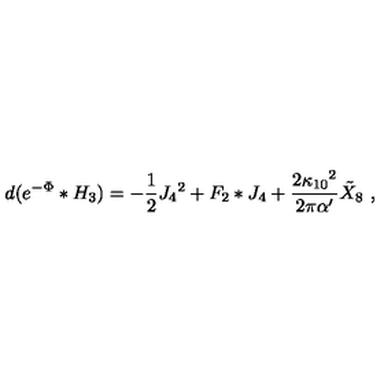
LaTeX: d ( e ^ { - \Phi } * H _ { 3 } ) = - { \frac { 1 } { 2 } } J _ { 4 } { } ^ { 2 } + F _ { 2 } * J _ { 4 } + { \frac { 2 \kappa _ { 1 0 } { } ^ { 2 } } { 2 \pi \alpha ^ { \prime } } } { \tilde { X } } _ { 8 } \ ,